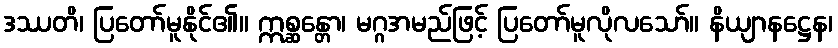
ဒဿတိ၊ ပြတော်မူနိုင်၏။ ဣစ္ဆန္တော၊ မဂ္ဂအမည်ဖြင့် ပြတော်မူလိုလသော်။ နိယျာနဋ္ဌေန၊